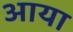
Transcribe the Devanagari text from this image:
अाया